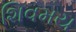
શિવમય